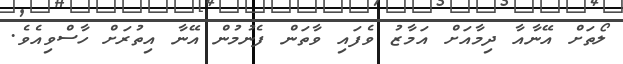
ލޯތަށް އޭނާއާ ދިމާއަށް އަމާޒު ވެފައި ވާތަން ފެނުމުން އޭނާ އިތުރަށް ހާސްވިއެވެ.